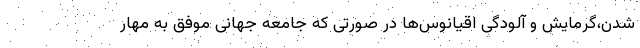
شدن،گرمایش و آلودگی اقیانوس‌ها در صورتی که جامعه جهانی موفق به مهار